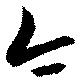
今